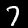
Label: 7